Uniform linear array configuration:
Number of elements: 4
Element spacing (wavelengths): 0.25
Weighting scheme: hamming
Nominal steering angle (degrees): -15
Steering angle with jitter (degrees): -14.426
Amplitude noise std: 0.05
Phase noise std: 0.05

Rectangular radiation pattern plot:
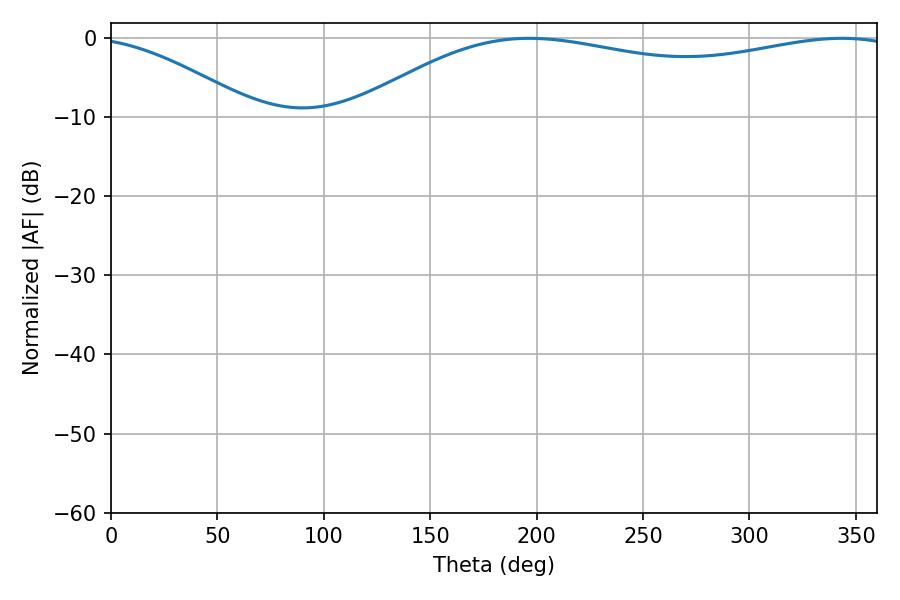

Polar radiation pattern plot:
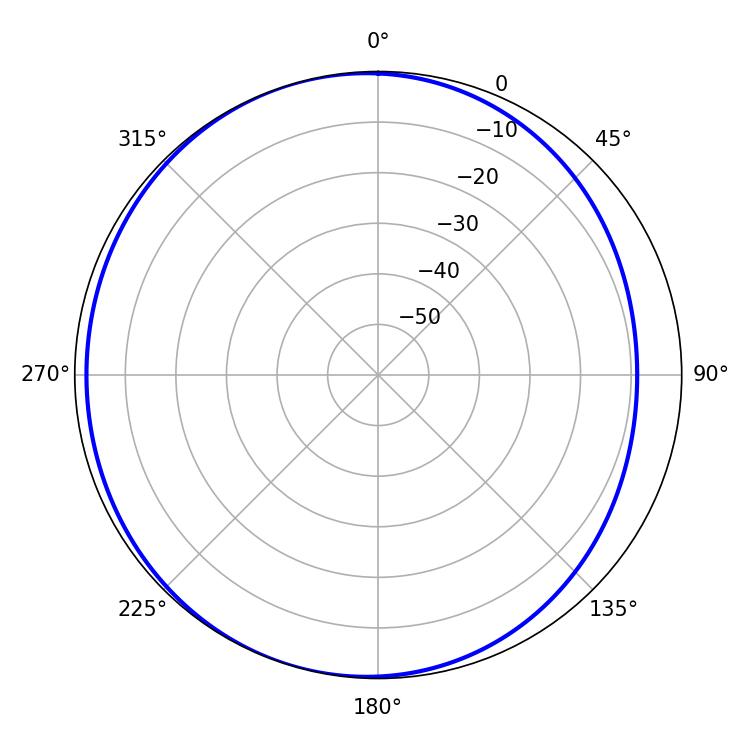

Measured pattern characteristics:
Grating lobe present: FALSE
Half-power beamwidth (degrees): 209.88
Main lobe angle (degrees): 196.56